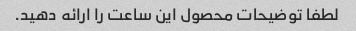
لطفا توضیحات محصول این ساعت را ارائه دهید.